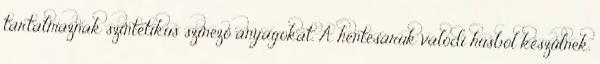
tartalmaznak szintetikus színező anyagokat. A hentesáruk valódi húsból készülnek.